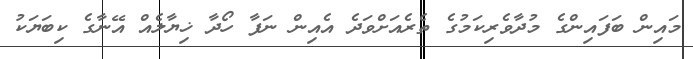
މައިން ބަފައިންގެ މުދާވެރިކަމުގެ ތެރެއަށްވަދެ އެއިން ނަފާ ހޯދާ ޚިޔާލެއް އޭނާގެ ކިބަޔަކު